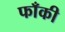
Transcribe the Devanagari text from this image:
फाँकी